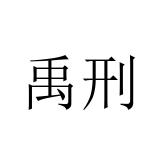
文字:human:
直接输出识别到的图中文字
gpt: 禹刑